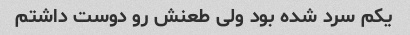
یکم سرد شده بود ولی طعنش رو دوست داشتم